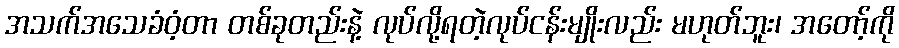
အသက်အသေခံဝံ့တာ တစ်ခုတည်းနဲ့ လုပ်လို့ရတဲ့လုပ်ငန်းမျိုးလည်း မဟုတ်ဘူး၊ အတော့်ကို